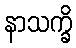
နာသက္ခိ